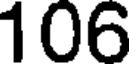
106